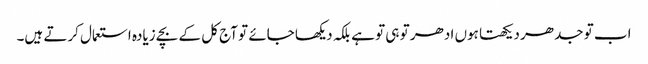
اب تو جدھر دیکھتا ہوں ادھر تو ہی تو ہے بلکہ دیکھا جائے تو آج کل کے بچے زیادہ استعمال کرتے ہیں۔